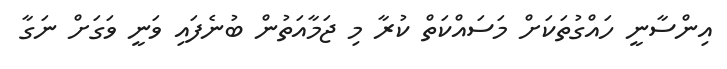
އިންސާނީ ހައްގުތަކަށް މަސައްކަތް ކުރާ މި ޖަމާއަތުން ބުނެފައި ވަނީ ވަގަށް ނަގާ